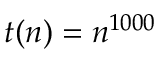
t ( n ) = n ^ { 1 0 0 0 }